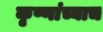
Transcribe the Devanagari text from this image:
कृष्णांच्याच